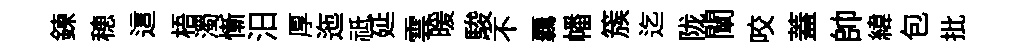
鍊穂這梧濁慚汨厚迤祗延雲暖駿不覊幡簇迄陇闡咬蓋帥緯包批